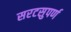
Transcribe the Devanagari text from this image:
सरटसुपर्ण